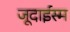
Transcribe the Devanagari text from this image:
जूदाईस्म